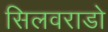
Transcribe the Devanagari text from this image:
सिलवराडो